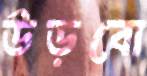
উড়বো